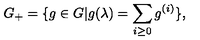
G _ { + } = \{ g \in G | g ( \lambda ) = \sum _ { i \geq 0 } g ^ { ( i ) } \} ,